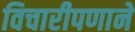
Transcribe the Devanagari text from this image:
विचारीपणाने